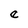
Character: e